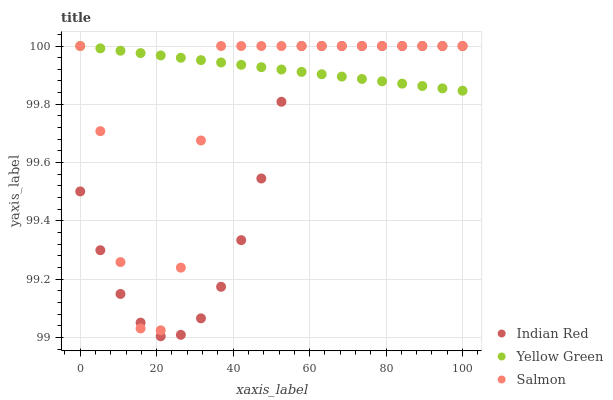
| xaxis_label | Indian Red | Yellow Green | Salmon |
 | --- | --- | --- | --- |
 | 0 | 99.5 | 100 | 100 |
 | 5.26 | 99.3 | 100 | 99.7 |
 | 10.5 | 99.1 | 100 | 99.3 |
 | 15.8 | 99.1 | 100 | 99 |
 | 21.1 | 99 | 100 | 99 |
 | 26.3 | 99 | 100 | 99.2 |
 | 31.6 | 99.1 | 100 | 99.7 |
 | 36.8 | 99.2 | 99.9 | 100 |
 | 42.1 | 99.3 | 99.9 | 100 |
 | 47.4 | 99.5 | 99.9 | 100 |
 | 52.6 | 99.8 | 99.9 | 100 |
 | 57.9 | 100 | 99.9 | 100 |
 | 63.2 | 100 | 99.9 | 100 |
 | 68.4 | 100 | 99.9 | 100 |
 | 73.7 | 100 | 99.9 | 100 |
 | 78.9 | 100 | 99.9 | 100 |
 | 84.2 | 100 | 99.9 | 100 |
 | 89.5 | 100 | 99.9 | 100 |
 | 94.7 | 100 | 99.9 | 100 |
 | 100 | 100 | 99.8 | 100 |